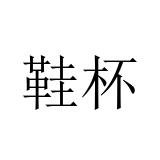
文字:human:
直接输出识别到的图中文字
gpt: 鞋杯